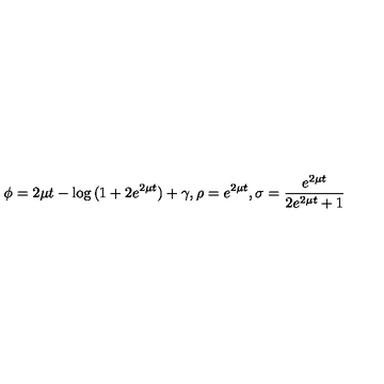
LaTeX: \phi = 2 \mu t - \log { ( 1 + 2 e ^ { 2 \mu t } ) } + \gamma , \rho = e ^ { 2 \mu t } , \sigma = \frac { e ^ { 2 \mu t } } { 2 e ^ { 2 \mu t } + 1 }